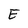
Character: E